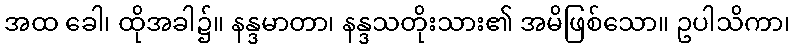
အထ ခေါ၊ ထိုအခါ၌။ နန္ဒမာတာ၊ နန္ဒသတိုးသား၏ အမိဖြစ်သော။ ဥပါသိကာ၊